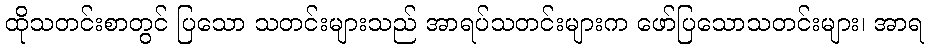
ထိုသတင်းစာတွင် ပြသော သတင်းများသည် အာရပ်သတင်းများက ဖော်ပြသောသတင်းများ၊ အာရ